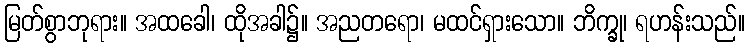
မြတ်စွာဘုရား။ အထခေါ၊ ထိုအခါ၌။ အညတရော၊ မထင်ရှားသော။ ဘိက္ခု၊ ရဟန်းသည်။